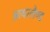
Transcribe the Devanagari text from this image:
आयरलैण्‍ड